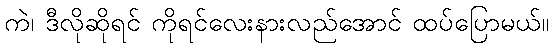
ကဲ၊ ဒီလိုဆိုရင် ကိုရင်လေးနားလည်အောင် ထပ်ပြောမယ်။